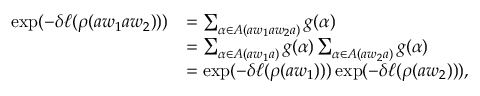
\begin{array} { r l } { \exp ( - \delta \ell ( \rho ( a w _ { 1 } a w _ { 2 } ) ) ) } & { = \sum _ { \alpha \in A ( a w _ { 1 } a w _ { 2 } a ) } g ( \alpha ) } \\ & { = \sum _ { \alpha \in A ( a w _ { 1 } a ) } g ( \alpha ) \sum _ { \alpha \in A ( a w _ { 2 } a ) } g ( \alpha ) } \\ & { = \exp ( - \delta \ell ( \rho ( a w _ { 1 } ) ) ) \exp ( - \delta \ell ( \rho ( a w _ { 2 } ) ) ) , } \end{array}